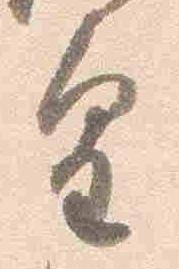
皇